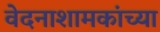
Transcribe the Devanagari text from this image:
वेदनाशामकांच्या